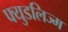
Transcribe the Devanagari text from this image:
फ्युडलिज्म